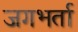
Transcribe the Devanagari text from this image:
जगभर्ता